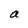
Character: a